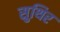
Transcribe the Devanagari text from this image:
सुथिर